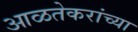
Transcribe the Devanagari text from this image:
आळतेकरांच्या